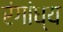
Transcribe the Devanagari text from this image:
रंगांध्य